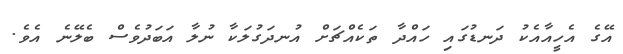
އޭގެ އެހީއާއެކު ދަނޑުގައި ހައްދާ ތަކެއްޗަށް އުނދަގުލަކާ ނުލާ އަބަދުވެސް ބެލޭނެ އެވެ.